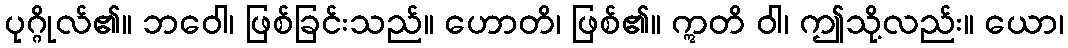
ပုဂ္ဂိုလ်၏။ ဘဝေါ၊ ဖြစ်ခြင်းသည်။ ဟောတိ၊ ဖြစ်၏။ ဣတိ ဝါ၊ ဤသို့လည်း။ ယော၊